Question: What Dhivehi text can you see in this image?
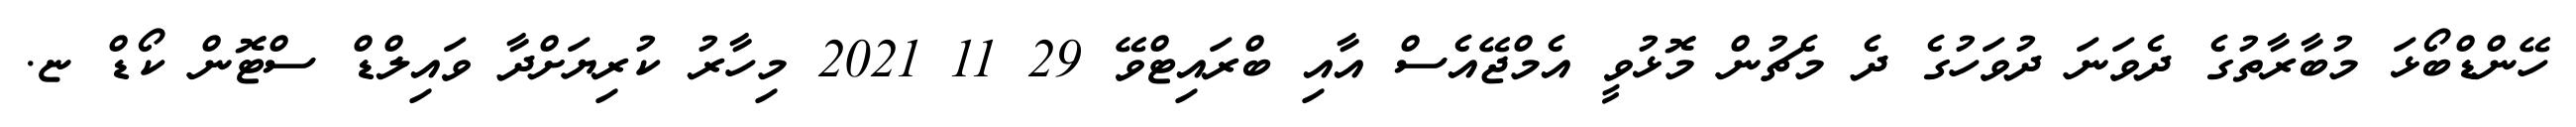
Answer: ހޭންޑްބޯޅަ މުބާރާތުގެ ދެވަނަ ދުވަހުގެ ދެ މެޗުން މޮޅުވީ އެމްޖޭއެސް އާއި ބްރައިޓްވޭ 29 11 2021 މިހާރު ކުރިޔަށްދާ ވައިލްޑް ސްޓޮން ކޯޑް ޏ.